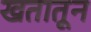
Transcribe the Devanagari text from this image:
खतातून